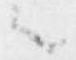
之